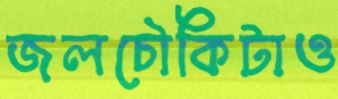
জলচৌকিটাও